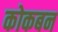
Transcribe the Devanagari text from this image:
कोकबन